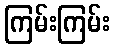
ကြမ်းကြမ်း